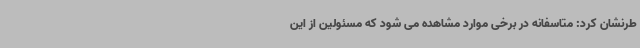
طرنشان کرد: متاسفانه در برخی موارد مشاهده می شود که مسئولین از این